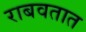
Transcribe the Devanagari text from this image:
राबवतात